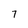
Character: 7